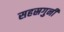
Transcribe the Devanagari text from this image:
सहस्रगुनी